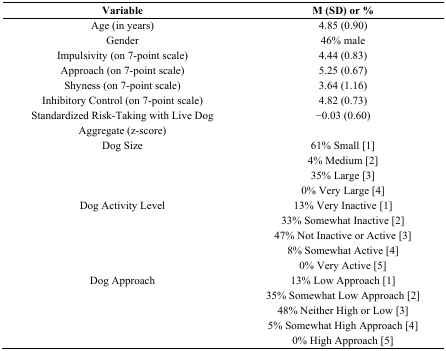
| Variable | M (SD) or % |
 | --- | --- |
 | Age (in years) | 4.85 (0.90) |
 | Gender | 46% male |
 | Impulsivity (on 7-point scale) | 4.44 (0.83) |
 | Approach (on 7-point scale) | 5.25 (0.67) |
 | Shyness (on 7-point scale) | 3.64 (1.16) |
 | Inhibitory Control (on 7-point scale) | 4.82 (0.73) |
 | Standardized Risk-Taking with Live Dog Aggregate (z-score) | −0.03 (0.60) |
 | <ROWSPAN=4> Dog Size | 61% Small [1] |
 | 4% Medium [2] |
 | 35% Large [3] |
 | 0% Very Large [4] |
 | <ROWSPAN=5> Dog Activity Level | 13% Very Inactive [1] |
 | 33% Somewhat Inactive [2] |
 | 47% Not Inactive or Active [3] |
 | 8% Somewhat Active [4] |
 | 0% Very Active [5] |
 | <ROWSPAN=5> Dog Approach | 13% Low Approach [1] |
 | 35% Somewhat Low Approach [2] |
 | 48% Neither High or Low [3] |
 | 5% Somewhat High Approach [4] |
 | 0% High Approach [5] |